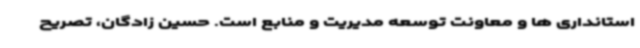
استانداری ها و معاونت توسعه مدیریت و منابع است. حسین زادگان، تصریح